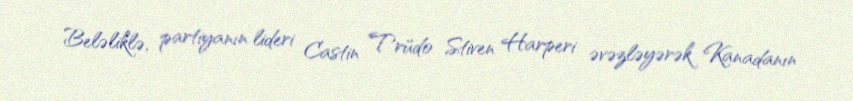
Beləliklə, partiyanın lideri Castin Trüdo Stiven Harperi əvəzləyərək Kanadanın